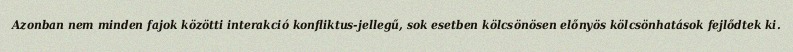
Azonban nem minden fajok közötti interakció konfliktus-jellegű, sok esetben kölcsönösen előnyös kölcsönhatások fejlődtek ki.